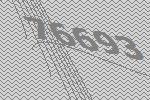
76693